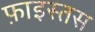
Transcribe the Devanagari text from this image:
फ़ाइस्तस